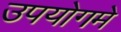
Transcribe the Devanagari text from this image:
उपयोगमे